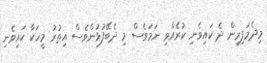
މިދެމަފިރިން ދެ ކައިވެނި ކުރެއްވި ނަމަވެސް މި ދެބޭފުޅުންވެސް އިތުރު މީހަކާ ކައިވެނި